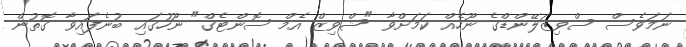
ނަމަވެސް ސްވިޒަލޭންޑްގެ ނޫހެއް ކަމަށްވާ "ޝްވިޒް އެމް ސޮންޓެގް" ނޫހުގައި ބުނެފައިވާ ގޮތުން